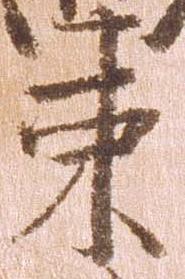
束